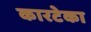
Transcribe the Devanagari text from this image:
कारटेका